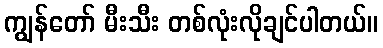
ကျွန်တော် မီးသီး တစ်လုံးလိုချင်ပါတယ်။